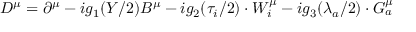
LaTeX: D ^ { \mu } = \partial ^ { \mu } - i g _ { 1 } ( Y / 2 ) B ^ { \mu } - i g _ { 2 } ( \tau _ { i } / 2 ) \cdot W _ { i } ^ { \mu } - i g _ { 3 } ( \lambda _ { a } / 2 ) \cdot G _ { a } ^ { \mu }